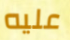
عليه